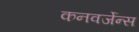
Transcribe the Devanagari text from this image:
कनवर्जेन्स